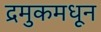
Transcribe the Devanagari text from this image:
द्रमुकमधून